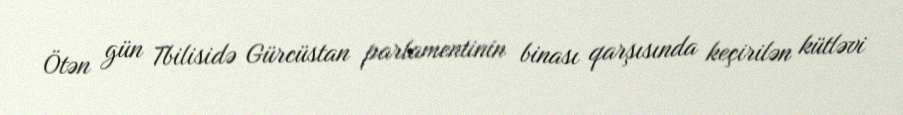
Ötən gün Tbilisidə Gürcüstan parlamentinin binası qarşısında keçirilən kütləvi